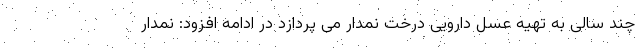
چند سالی به تهیه عسل دارویی درخت نمدار می پردازد در ادامه افزود: نمدار